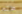
ظلم